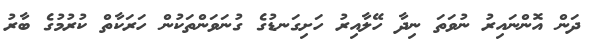
ދަން އޮންނައިރު ނުވަތަ ނިދާ ހޭލާއިރު ހަށިގަނޑުގެ ގުނަވަންތަކުން ހަރަކާތް ކުރުމުގެ ބާރު